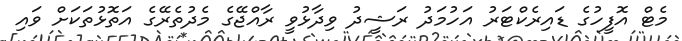
މެޓް އޮފީހުގެ ޑައިރެކްޓަރު އަހުމަދު ރަޝީދު ވިދާޅުވީ ރާއްޖޭގެ މެދުތެރޭގެ އަތޮޅުތަކަށް ވައި